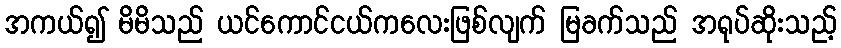
အကယ်၍ မိမိသည် ယင်ကောင်ငယ်ကလေးဖြစ်လျက် မြခက်သည် အရုပ်ဆိုးသည့်